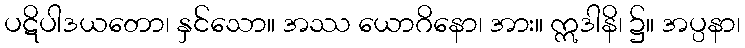
ပဋိပါဒယတော၊ နှင်သော။ အဿ ယောဂိနော၊ အား။ ဣဒါနိ၊ ၌။ အပ္ပနာ၊